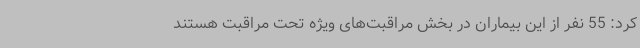
کرد: 55 نفر از این بیماران در بخش مراقبت‌های ویژه تحت مراقبت هستند